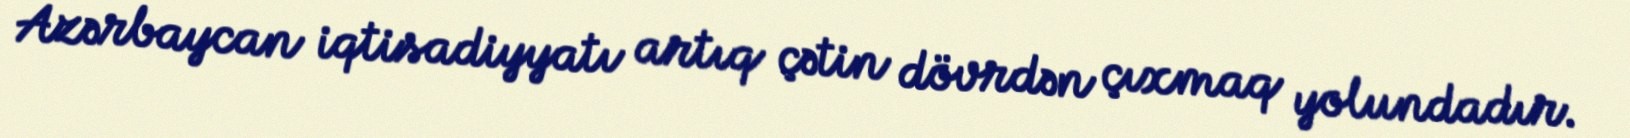
Azərbaycan iqtisadiyyatı artıq çətin dövrdən çıxmaq yolundadır.